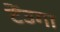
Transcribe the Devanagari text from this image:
टेंउगा